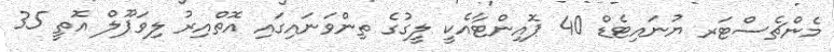
މެންޗެސްޓަރ ޔުނައިޓެޑް 40 ޕޮއިންޓާއެކީ ލީގުގެ ތިންވަަނައިގައި އޮތްއިރު ލިވަޕޫލް އޮތީ 35